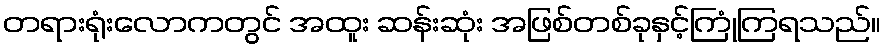
တရားရုံးလောကတွင် အထူး ဆန်းဆုံး အဖြစ်တစ်ခုနှင့်ကြုံကြရသည်။